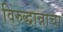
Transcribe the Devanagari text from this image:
विरुद्धान्नाचा